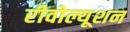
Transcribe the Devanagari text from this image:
रीवोल्यूशन